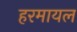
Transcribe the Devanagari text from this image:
हरमायल